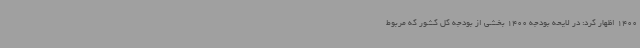
1400 اظهار کرد: در لایحه بودجه 1400 بخشی از بودجه کل کشور که مربوط